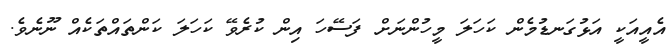
އެއީއަކީ އަޅުގަނޑުމެން ކަހަލަ މީހުންނަށް ފަސޭހަ އިން ކުރެވޭ ކަހަލަ ކަންތައްތަކެއް ނޫނެވެ.